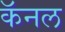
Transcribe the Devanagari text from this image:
कॅनल